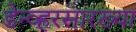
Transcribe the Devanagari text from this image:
डेन्व्हरसारख्या